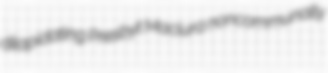
dilapidating Presbyt Maclura noncommunally